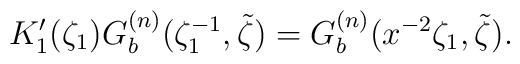
K'_{1}(\zeta_1 )G_{b}^{(n)} ( \zeta_{1}^{-1}, \tilde{\zeta})=G_{b}^{(n)} (x^{-2}\zeta_{1}, \tilde{\zeta}).